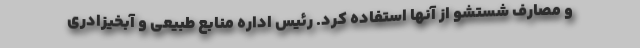
و مصارف شستشو از آنها استفاده کرد. رئیس اداره منابع طبیعی و آبخیزادری